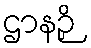
ဌာနဉှိ